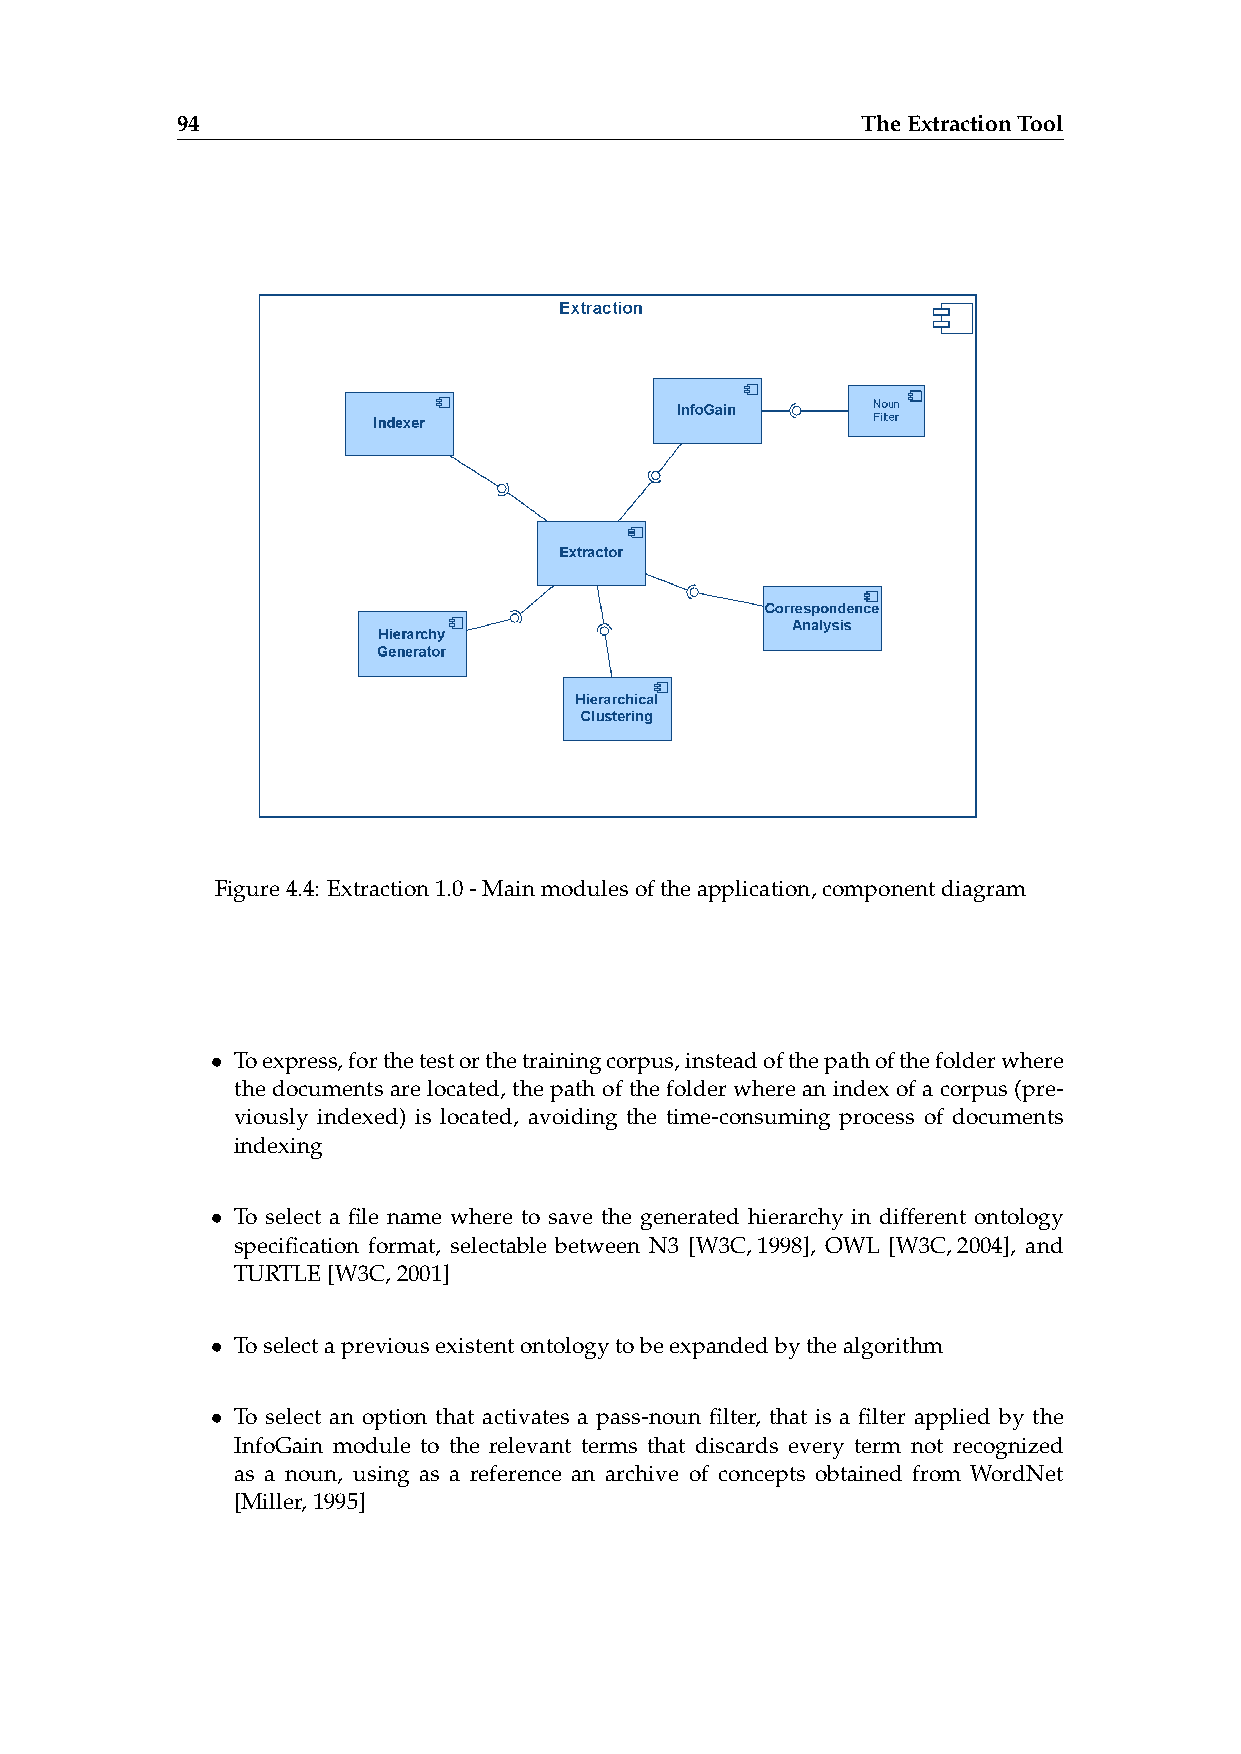
94                                           TheExtractionTool
 Figure4.4: Extraction1.0-Mainmodulesoftheapplication,componentdiagram
 • Toexpress,forthetestorthetrainingcorpus,insteadofthepathofthefolderwhere
 the documents are located, the path of the folder where an index of a corpus (pre-
 viously indexed) is located, avoiding the time-consuming process of documents
 indexing
 • To select a file name where to save the generated hierarchy in different ontology
 specification format, selectable between N3 [W3C,1998], OWL [W3C,2004], and
 TURTLE[W3C,2001]
 • Toselectapreviousexistentontologytobeexpandedbythealgorithm
 • To select an option that activates a pass-noun filter, that is a filter applied by the
 InfoGain module to the relevant terms that discards every term not recognized
 as a noun, using as a reference an archive of concepts obtained from WordNet
 [Miller,1995]